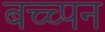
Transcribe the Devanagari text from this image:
बच्च्पन